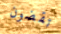
تقضون